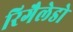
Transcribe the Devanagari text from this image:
रिगैलेडो